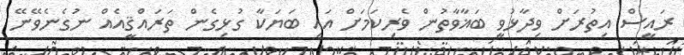
ރައީސް އިތުރަށް ވިދާޅުވީ ބަޣާވާތުން ވެރިކަމަށް އައި ބަޔަކާ ގުޅިގެން ތަރައްޤީއެއް ނުގެނެވޭނޭ